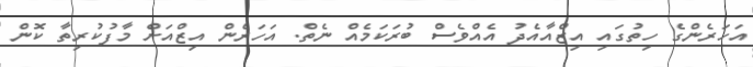
އަހަރެންގެ ހިތުގައި އިޒްއާއެދު އެއްވެސް ބުރަކަމެއް ނެތް. އަހަރެން އިޒްއަށް މާފުކުރިތާ ކޮން